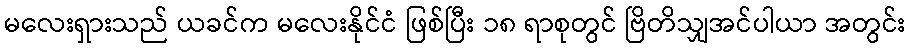
မလေးရှားသည် ယခင်က မလေးနိုင်ငံ ဖြစ်ပြီး ၁၈ ရာစုတွင် ဗြိတိသျှအင်ပါယာ အတွင်း